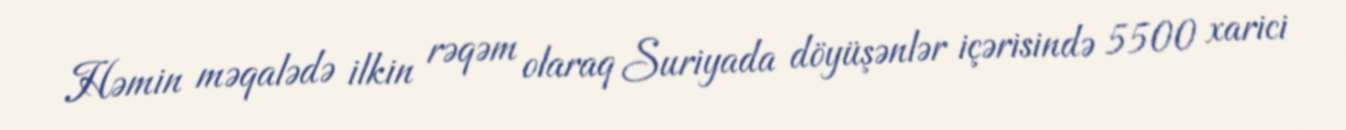
Həmin məqalədə ilkin rəqəm olaraq Suriyada döyüşənlər içərisində 5500 xarici